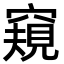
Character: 窺